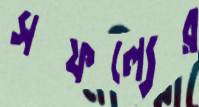
সফল্যের